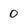
Character: 0